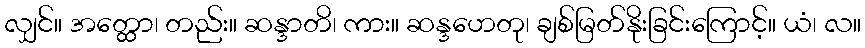
လျှင်။ အတ္ထော၊ တည်း။ ဆန္ဒာတိ၊ ကား။ ဆန္ဒဟေတု၊ ချစ်မြတ်နိုးခြင်းကြောင့်။ ယံ၊ လ။